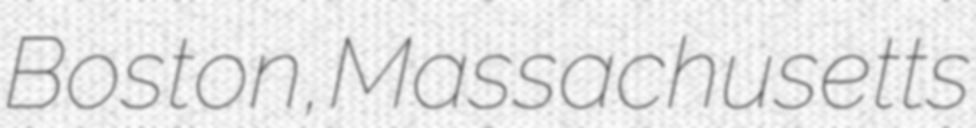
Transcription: Boston, Massachusetts